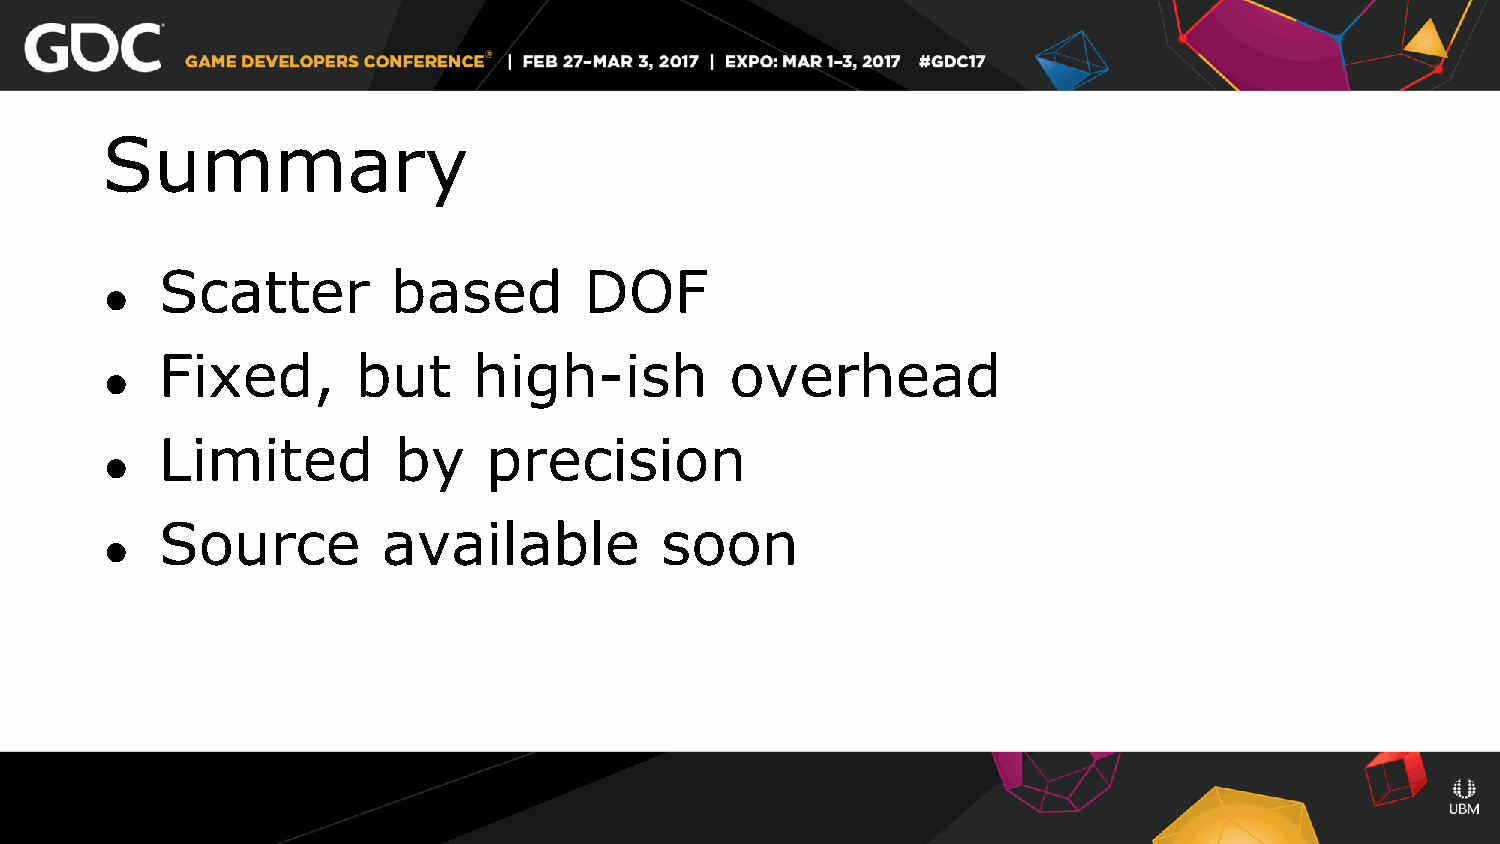
Summary
 Scatter        based        DOF
 ●
 Fixed,       but    high-ish         overhead
 ●
 Limited        by    precision
 ●
 Source        available          soon
 ●